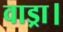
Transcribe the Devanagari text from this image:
वाड्रा।